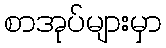
စာအုပ်များမှာ